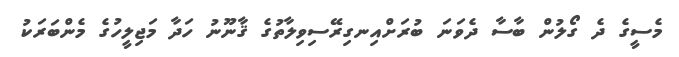
މެސީގެ ދެ ގޯލުން ބާސާ ދެވަނަ ބުރަށްއިނގިރޭސިވިލާތުގެ ޤާނޫނު ހަދާ މަޖިލީހުގެ މެންބަރަކު